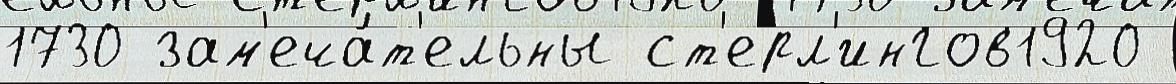
1730 зам'еча́т'ельны ст'ерл'ингов1920